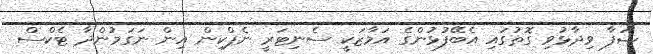
ޝަފާ ވިދާޅުވި ގޮތުގައި އެބޭފުޅުންގެ އަމާޒަކީ ސެނިޓަރީ ނެޕްކިން އިން ނަގަމުންދާ ޓެކްސް